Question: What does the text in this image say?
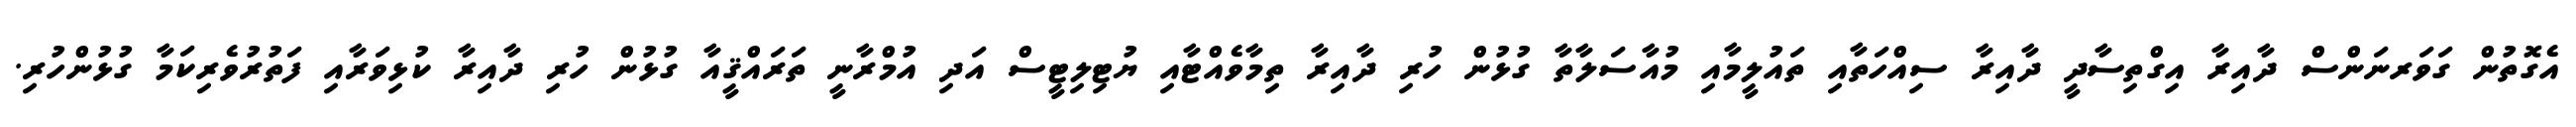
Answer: އެގޮތުން ގަވަރނަންސް ދާއިރާ އިގްތިސާދީ ދާއިރާ ސިއްހަތާއި ތައުލީމާއި މުއާސަލާތާ ގުޅުން ހުރި ދާއިރާ ތިމާވެއްޓާއި ޔުޓިލިޓީސް އަދި އުމްރާނީ ތަރައްޤީއާ ގުޅުން ހުރި ދާއިރާ ކުޅިވަރާއި ފަތުރުވެރިކަމާ ގުޅުންހުރި.